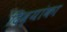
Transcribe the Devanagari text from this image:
दिव्यांका